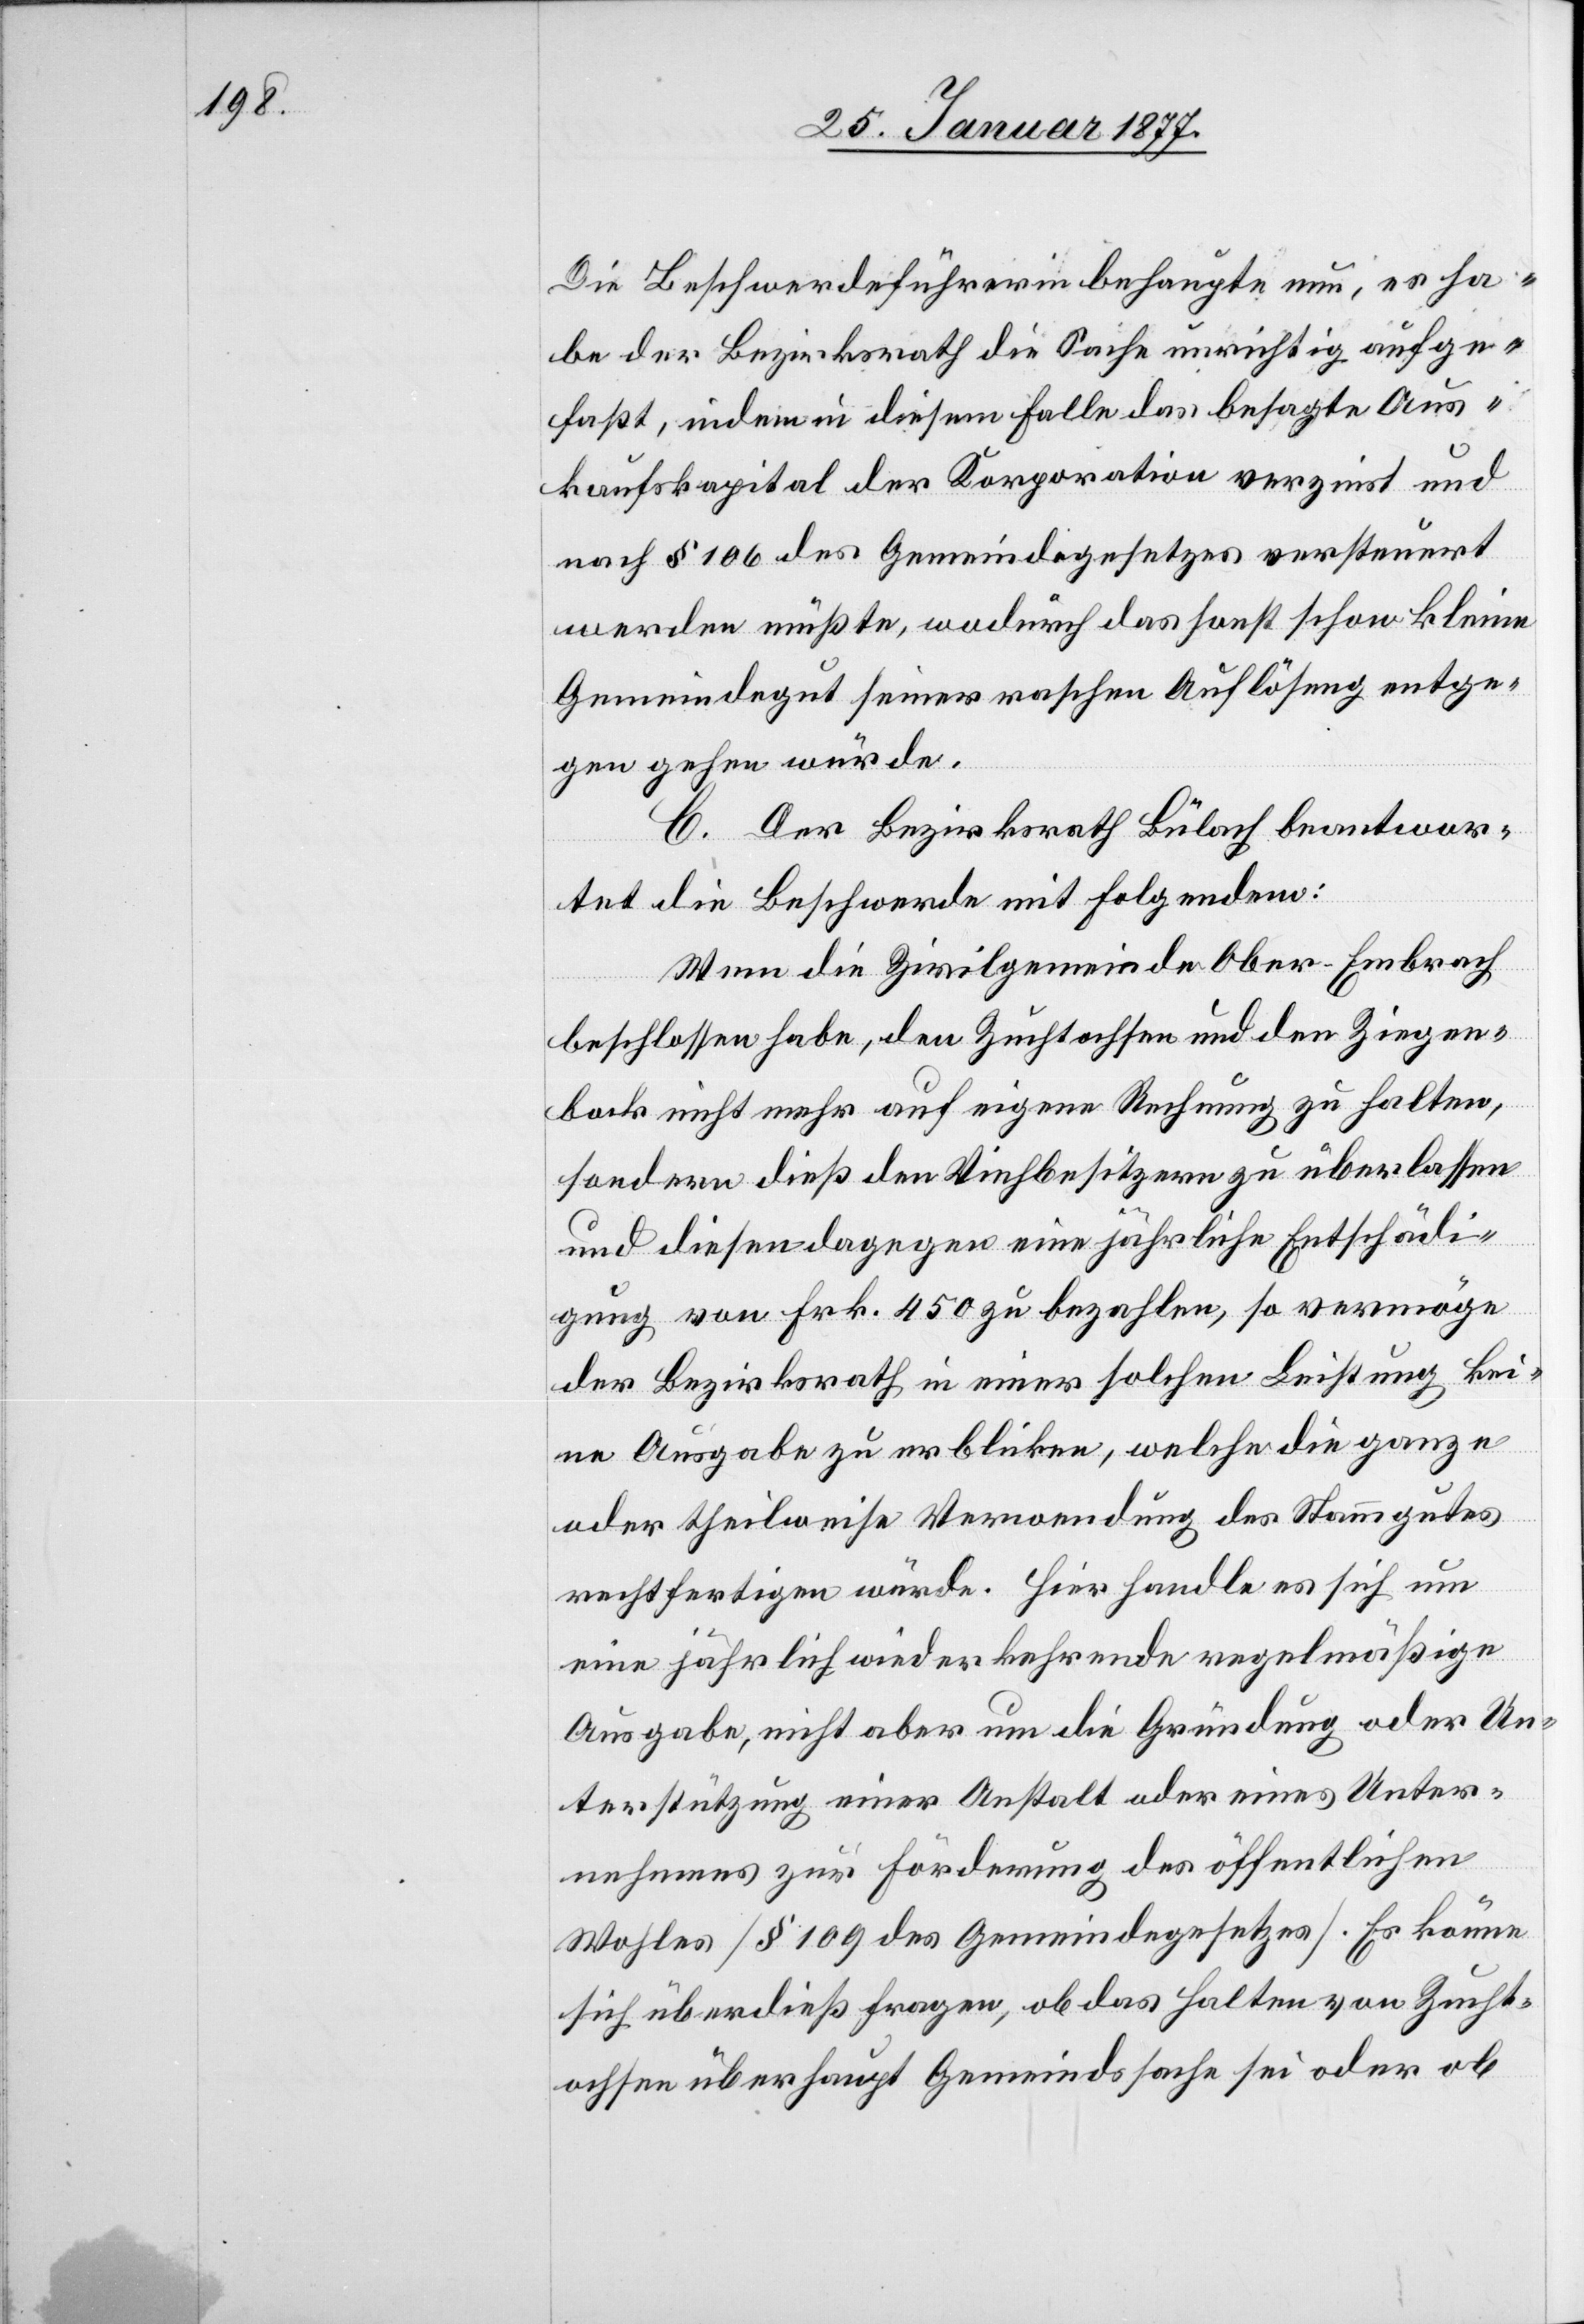
Die Beschwerdeführerin behaupte nun, es ha¬
be der Bezirksrath die Sache unrichtig aufge¬
faßt, indem in diesem Falle das besagte Aus¬
kaufskapital der Korporation verzinst wird
nach § 106 des Gemeindegesetzes versteuert
werden müßte, wodurch das sonst schon kleine
Gemeindegut seiner raschen Auflösung entge¬
gen gehen würde.
C. Der Bezirksrath Bülach beantwor¬
tet die Beschwerde mit Folgendem:
Wenn die Zivilgemeinde Ober-Embrach
beschlossen habe, den Zuchtochsen und den Ziegen¬
bock nicht mehr auf eigene Rechnung zu halten,
sondern dieß den Viehbesitzern zu überlassen
und diesen dagegen eine jährliche Entschädi¬
gung von Frk. 450 zu bezahlen, so vermöge
der Bezirksrath in einer solchen Leistung kei¬
ne Ausgabe zu erblicken, welche die ganze
oder theilweise Verwendung des Stammgutes
rechtfertigen würde. Hier handle es sich um
eine jährlich wiederkehrende regelmäßige
Ausgabe, nicht aber um die Gründung oder Un¬
terstützung einer Anstalt oder eines Unter¬
nehmens zur Förderung des öffentlichen
Wohles [§ 109 des Gemeindegesetzes]. Es könne
sich überdieß fragen, ob das Halten von Zucht¬
ochsen überhaupt Gemeindssache sei oder ob